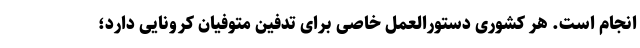
انجام است. هر کشوری دستورالعمل خاصی برای تدفین متوفیان کرونایی دارد؛